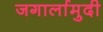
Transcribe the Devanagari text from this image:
जगार्लामुदी